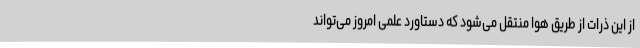
از این ذرات از طریق هوا منتقل می‌شود که دستاورد علمی امروز می‌تواند